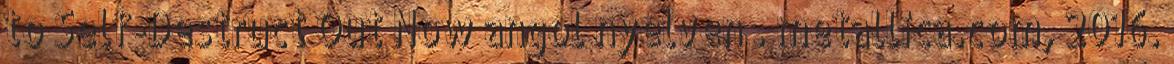
to Self-Destruct Out Now angol nyelven . metallica.com, 2016.